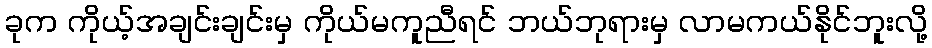
ခုက ကိုယ့်အချင်းချင်းမှ ကိုယ်မကူညီရင် ဘယ်ဘုရားမှ လာမကယ်နိုင်ဘူးလို့